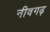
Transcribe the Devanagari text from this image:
नीवगढ़